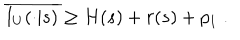
\overline { { { I _ { U } ( \cdot | s ) } } } \geq H ( s ) + r ( s ) + p _ { 1 } \; .